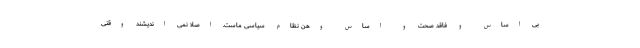
بی اساس و فاقد صحت و اساس وهن نظام سیاسی ماست. اصلا نمی اندیشند وقتی